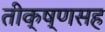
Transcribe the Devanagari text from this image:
तीक्ष्णसह